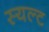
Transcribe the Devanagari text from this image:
स्यल्ट